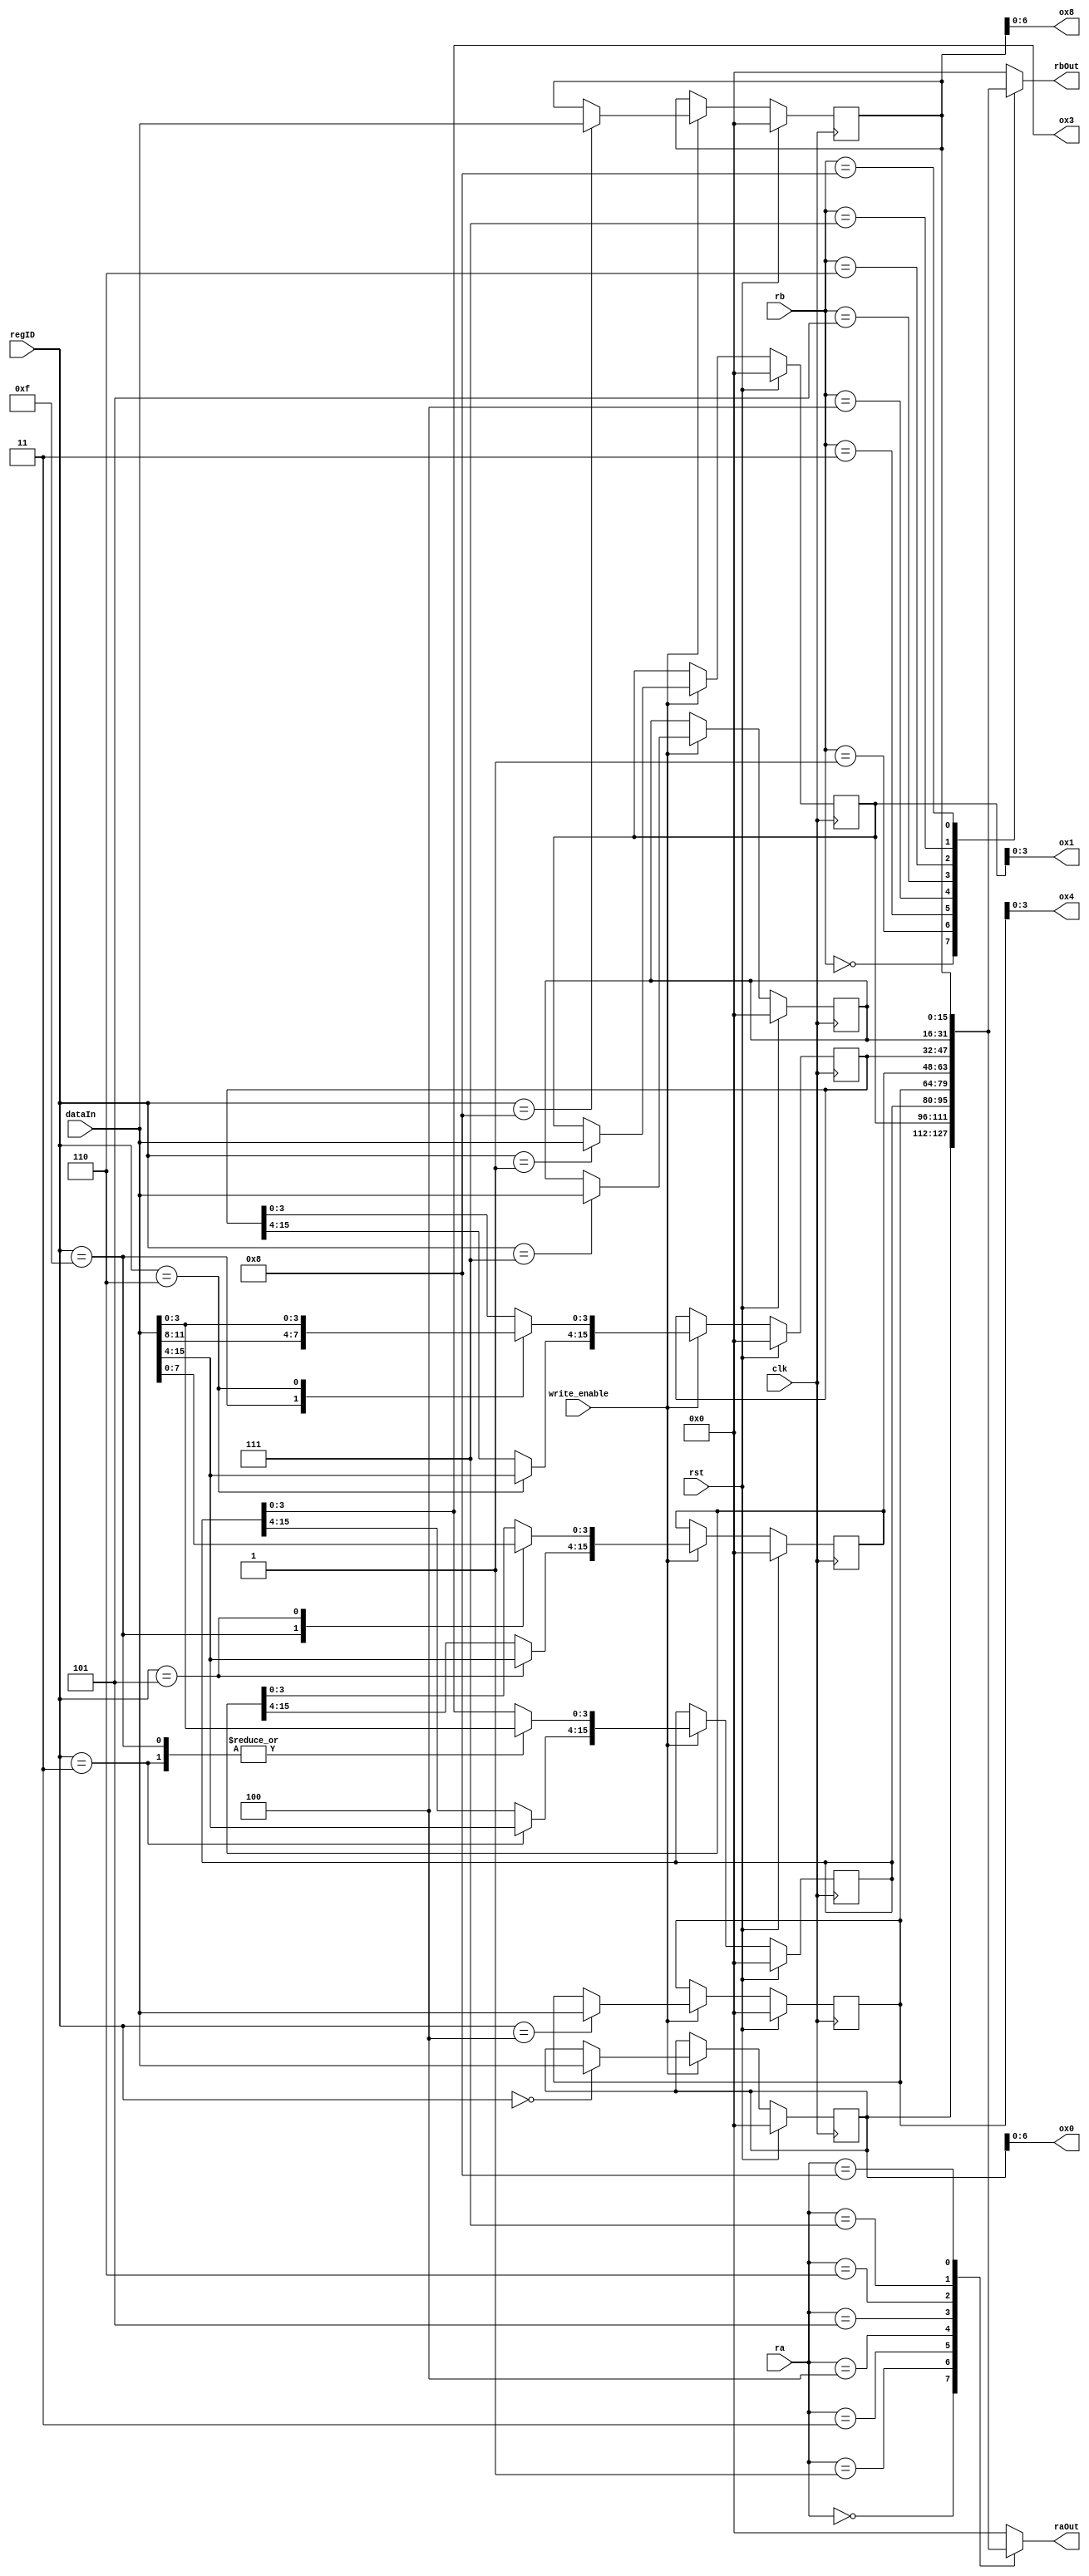
/*
   This file was generated automatically by Alchitry Labs version 1.2.7.
   Do not edit this file directly. Instead edit the original Lucid source.
   This is a temporary file and any changes made to it will be destroyed.
*/

module regfile_9 (
    input clk,
    input rst,
    input [3:0] regID,
    input [15:0] dataIn,
    input [0:0] write_enable,
    input [3:0] ra,
    input [3:0] rb,
    output reg [15:0] raOut,
    output reg [15:0] rbOut,
    output reg [6:0] ox0,
    output reg [3:0] ox1,
    output reg [3:0] ox3,
    output reg [3:0] ox4,
    output reg [6:0] ox8
  );
  
  
  
  reg [15:0] M_ox0_playerscore_d, M_ox0_playerscore_q = 1'h0;
  reg [15:0] M_ox1_playerXloc_d, M_ox1_playerXloc_q = 1'h0;
  reg [15:0] M_ox3_obsID_d, M_ox3_obsID_q = 1'h0;
  reg [15:0] M_ox4_Yloc_d, M_ox4_Yloc_q = 1'h0;
  reg [15:0] M_ox5_safeleft_d, M_ox5_safeleft_q = 1'h0;
  reg [15:0] M_ox6_saferight_d, M_ox6_saferight_q = 1'h0;
  reg [15:0] M_ox7_tempvar_d, M_ox7_tempvar_q = 1'h0;
  reg [15:0] M_ox8_highscore_d, M_ox8_highscore_q = 1'h0;
  
  always @* begin
    M_ox5_safeleft_d = M_ox5_safeleft_q;
    M_ox1_playerXloc_d = M_ox1_playerXloc_q;
    M_ox8_highscore_d = M_ox8_highscore_q;
    M_ox4_Yloc_d = M_ox4_Yloc_q;
    M_ox0_playerscore_d = M_ox0_playerscore_q;
    M_ox7_tempvar_d = M_ox7_tempvar_q;
    M_ox3_obsID_d = M_ox3_obsID_q;
    M_ox6_saferight_d = M_ox6_saferight_q;
    
    if (write_enable == 1'h1) begin
      
      case (regID)
        4'hf: begin
          M_ox3_obsID_d[0+3-:4] = dataIn[0+3-:4];
          M_ox5_safeleft_d[0+3-:4] = dataIn[4+3-:4];
          M_ox6_saferight_d[0+3-:4] = dataIn[8+3-:4];
        end
        4'h0: begin
          M_ox0_playerscore_d = dataIn;
        end
        4'h1: begin
          M_ox1_playerXloc_d = dataIn;
        end
        4'h3: begin
          M_ox3_obsID_d = dataIn;
        end
        4'h4: begin
          M_ox4_Yloc_d = dataIn;
        end
        4'h5: begin
          M_ox5_safeleft_d = dataIn;
        end
        4'h6: begin
          M_ox6_saferight_d = dataIn;
        end
        4'h7: begin
          M_ox7_tempvar_d = dataIn;
        end
        4'h8: begin
          M_ox8_highscore_d = dataIn;
        end
      endcase
    end
    
    case (ra)
      4'h0: begin
        raOut = M_ox0_playerscore_q;
      end
      4'h1: begin
        raOut = M_ox1_playerXloc_q;
      end
      4'h3: begin
        raOut = M_ox3_obsID_q;
      end
      4'h4: begin
        raOut = M_ox4_Yloc_q;
      end
      4'h5: begin
        raOut = M_ox5_safeleft_q;
      end
      4'h6: begin
        raOut = M_ox6_saferight_q;
      end
      4'h7: begin
        raOut = M_ox7_tempvar_q;
      end
      4'h8: begin
        raOut = M_ox8_highscore_q;
      end
      default: begin
        raOut = 1'h0;
      end
    endcase
    
    case (rb)
      4'h0: begin
        rbOut = M_ox0_playerscore_q;
      end
      4'h1: begin
        rbOut = M_ox1_playerXloc_q;
      end
      4'h3: begin
        rbOut = M_ox3_obsID_q;
      end
      4'h4: begin
        rbOut = M_ox4_Yloc_q;
      end
      4'h5: begin
        rbOut = M_ox5_safeleft_q;
      end
      4'h6: begin
        rbOut = M_ox6_saferight_q;
      end
      4'h7: begin
        rbOut = M_ox7_tempvar_q;
      end
      4'h8: begin
        rbOut = M_ox8_highscore_q;
      end
      default: begin
        rbOut = 1'h0;
      end
    endcase
    ox0 = M_ox0_playerscore_q;
    ox1 = M_ox1_playerXloc_q;
    ox3 = M_ox3_obsID_q;
    ox4 = M_ox4_Yloc_q;
    ox8 = M_ox8_highscore_q;
  end
  
  always @(posedge clk) begin
    if (rst == 1'b1) begin
      M_ox0_playerscore_q <= 1'h0;
      M_ox1_playerXloc_q <= 1'h0;
      M_ox3_obsID_q <= 1'h0;
      M_ox4_Yloc_q <= 1'h0;
      M_ox5_safeleft_q <= 1'h0;
      M_ox6_saferight_q <= 1'h0;
      M_ox7_tempvar_q <= 1'h0;
      M_ox8_highscore_q <= 1'h0;
    end else begin
      M_ox0_playerscore_q <= M_ox0_playerscore_d;
      M_ox1_playerXloc_q <= M_ox1_playerXloc_d;
      M_ox3_obsID_q <= M_ox3_obsID_d;
      M_ox4_Yloc_q <= M_ox4_Yloc_d;
      M_ox5_safeleft_q <= M_ox5_safeleft_d;
      M_ox6_saferight_q <= M_ox6_saferight_d;
      M_ox7_tempvar_q <= M_ox7_tempvar_d;
      M_ox8_highscore_q <= M_ox8_highscore_d;
    end
  end
  
endmodule